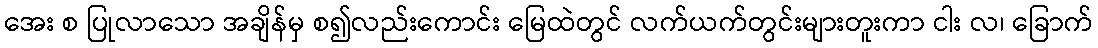
အေး စ ပြုလာသော အချိန်မှ စ၍လည်းကောင်း မြေထဲတွင် လက်ယက်တွင်းများတူးကာ ငါး လ၊ ခြောက်